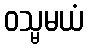
ဝသ္မမယံ